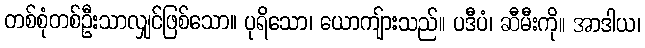
တစ်စုံတစ်ဦးသာလျှင်ဖြစ်သော။ ပုရိသော၊ ယောကျ်ားသည်။ ပဒီပံ၊ ဆီမီးကို။ အာဒါယ၊